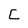
Character: C